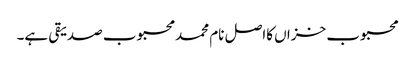
محبوب خزاں کااصل نام محمد محبوب صدیقی ہے۔